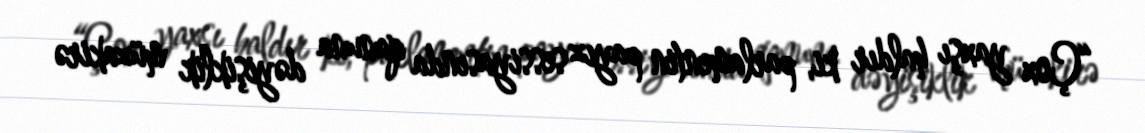
“Çox yaxşı haldır ki, parlamentin payız sessiyasında qanuna dəyişiklik müzakirə